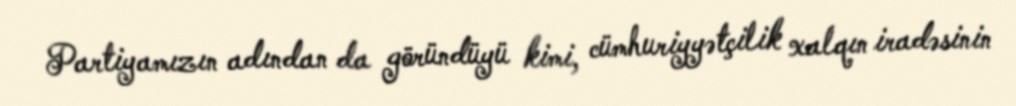
Partiyamızın adından da göründüyü kimi, cümhuriyyətçilik xalqın iradəsinin